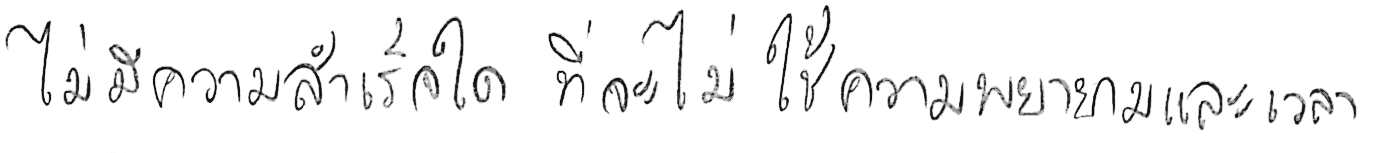
ไม่มีความสำเร็จใด ที่จะไม่ใช้ความพยายามและเวลา